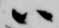
ハ